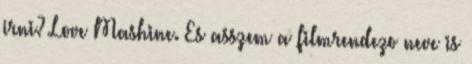
irni? Love Mashine. Es asszem a filmrendezo neve is